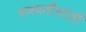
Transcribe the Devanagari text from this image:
गणपतीसाठी